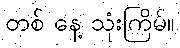
တစ် နေ့ သုံးကြိမ်။